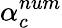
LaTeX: \alpha_{c}^{num}